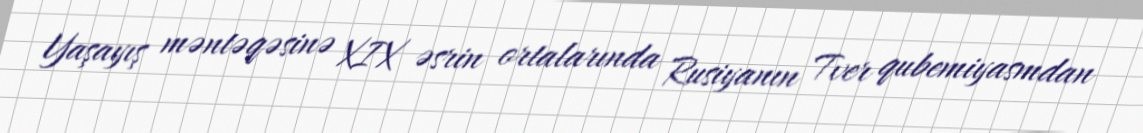
Yaşayış məntəqəsinə XIX əsrin ortalarında Rusiyanın Tver qubemiyasmdan